Insane asylums in Bengal annual reports 1867-1875 - 1867-1875
Year: 1867
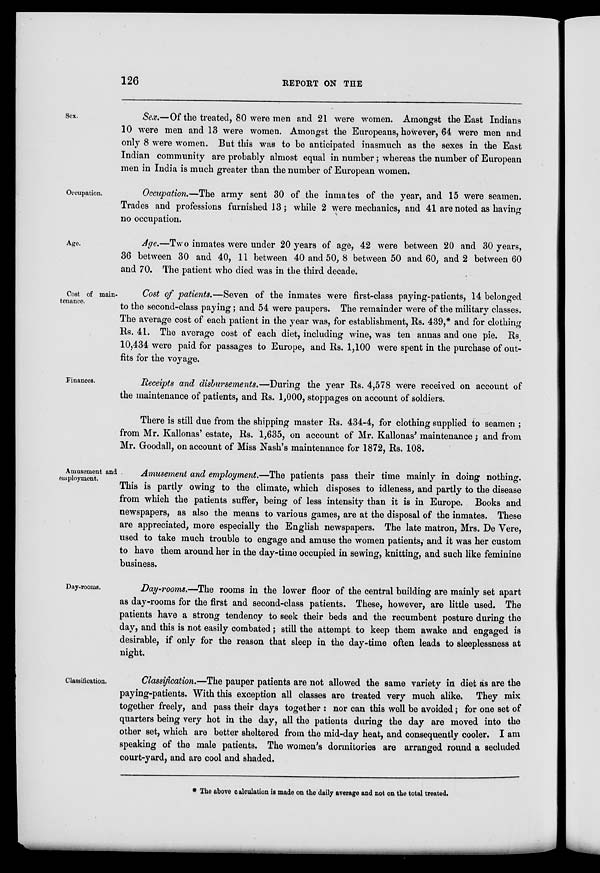
126
REPORT ON THE
Sex.
Sex.—Of the treated, 80 were men and 21 were women. Amongst the East Indians
10 were men and 13 were women. Amongst the Europeans, however, 64 were men and
only 8 were women. But this was to be anticipated inasmuch as the sexes in the East
Indian community are probably almost equal in number; whereas the number of European
men in India is much greater than the number of European women.
Occupation.
Occupation.—The army sent 30 of the inmates of the year, and 15 were seamen.
Trades and professions furnished 13; while 2 were mechanics, and 41 are noted as having
no occupation.
Age.
Age.—Two inmates were under 20 years of age, 42 were between 20 and 30 years,
36 between 30 and 40, 11 between 40 and 50, 8 between 50 and 60, and 2 between 60
and 70. The patient who died was in the third decade.
Cost of main-
tenance.
Cost of patients.—Seven of the inmates were first-class paying-patients, 14 belonged
to the second-class paying; and 54 were paupers. The remainder were of the military classes.
The average cost of each patient in the year was, for establishment, Rs. 439,* and for clothing
Rs. 41. The average cost of each diet, including wine, was ten annas and one pie. Rs
10,434 were paid for passages to Europe, and Rs. 1,100 were spent in the purchase of out-
fits for the voyage.
Finances.
Receipts and disbursements.—During the year Rs. 4,578 were received on account of
the maintenance of patients, and Rs. 1,000, stoppages on account of soldiers.
There is still due from the shipping master Rs. 434-4, for clothing supplied to seamen ;
from Mr. Kallonas' estate, Rs. 1,635, on account of Mr. Kallonas' maintenance; and from
Mr. Goodall, on account of Miss Nash's maintenance for 1872, Rs. 108.
Amusement and
employment.
Amusement and employment.—The patients pass their time mainly in doing nothing.
This is partly owing to the climate, which disposes to idleness, and partly to the disease
from which the patients suffer, being of less intensity than it is in Europe. Books and
newspapers, as also the means to various games, are at the disposal of the inmates. These
are appreciated, more especially the English newspapers. The late matron, Mrs. De Vere,
used to take much trouble to engage and amuse the women patients, and it was her custom
to have them around her in the day-time occupied in sewing, knitting, and such like feminine
business.
Day-rooms.
Day-rooms.—The rooms in the lower floor of the central building are mainly set apart
as day-rooms for the first and second-class patients. These, however, are little used. The
patients have a strong tendency to seek their beds and the recumbent posture during the
day, and this is not easily combated; still the attempt to keep them awake and engaged is
desirable, if only for the reason that sleep in the day-time often leads to sleeplessness at
night.
Classification.
Classification.—The pauper patients are not allowed the same variety in diet as are the
paying-patients. With this exception all classes are treated very much alike. They mix
together freely, and pass their days together : nor can this well be avoided; for one set of
quarters being very hot in the day, all the patients during the day are moved into the
other set, which are better sheltered from the mid-day heat, and consequently cooler. I am
speaking of the male patients. The women's dormitories are arranged round a secluded
court-yard, and are cool and shaded.
* The above calculation is made on the daily average and not on the total treated.